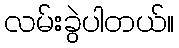
လမ်းခွဲပါတယ်။